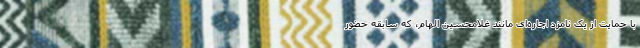
با حمایت از یک نامزد اجاره‌ای مانند غلامحسین الهام، که سابقه حضور